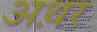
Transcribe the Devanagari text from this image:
अथ़र